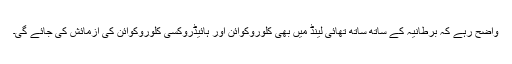
واضح رہے کہ برطانیہ کے ساتھ ساتھ تھائی لینڈ میں بھی کلوروکوائن اور ہائیڈروکسی کلوروکوائن کی آزمائش کی جائے گی۔